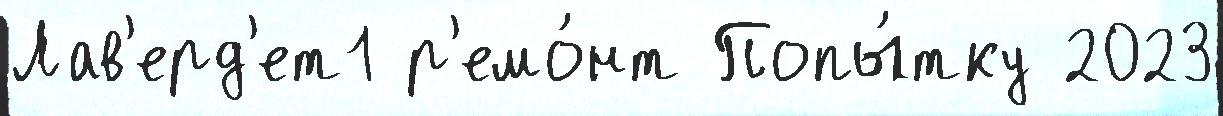
Лав'ерд'ет1 р'емо́нт Попы́тку 2023